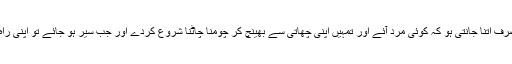
تم صرف اتنا جانتی ہو کہ کوئی مرد آئے اور تمہیں اپنی چھاتی سے بھینچ کر چومنا چاٹنا شروع کردے اور جب سیر ہو جائے تو اپنی راہ لے۔